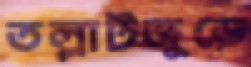
তল্লাটজুড়ে